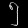
Digit: ၅